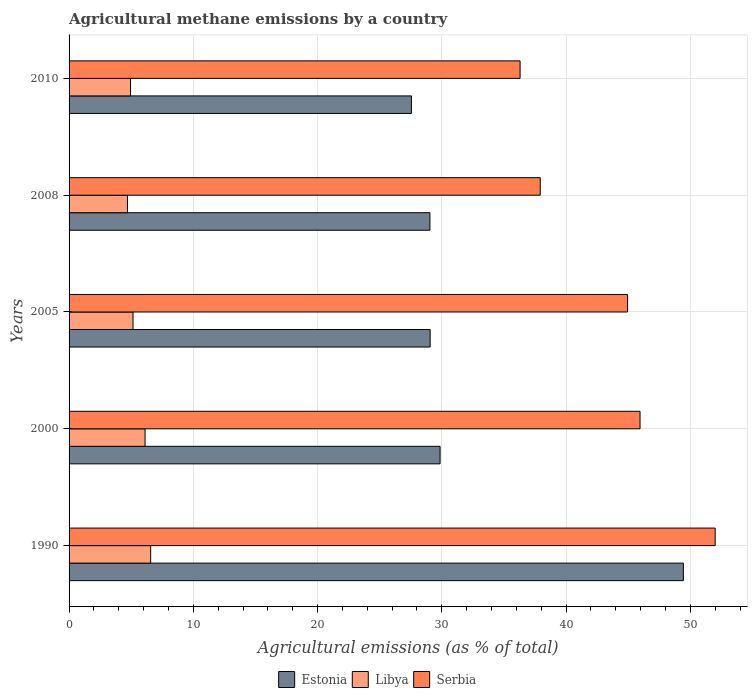
| Years | Estonia | Libya | Serbia |
 | --- | --- | --- | --- |
 | 1990 | 49.4 | 6.57 | 52 |
 | 2000 | 29.9 | 6.12 | 46 |
 | 2005 | 29.1 | 5.15 | 45 |
 | 2008 | 29 | 4.7 | 37.9 |
 | 2010 | 27.6 | 4.95 | 36.3 |